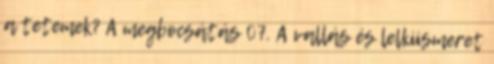
a tetemek? A megbocsátás 07. A vallás és lelkiismeret